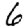
Digit: 6